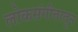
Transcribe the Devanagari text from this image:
लोकसंगीतातून